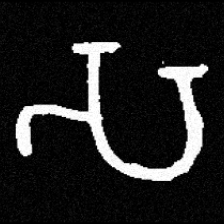
Pyu character \u2014 Myanmar letter: သ (romanized: sa)